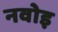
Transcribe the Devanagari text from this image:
नवोइ